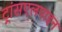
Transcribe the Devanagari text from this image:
ट्रांसएलपाइन